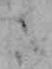
さ